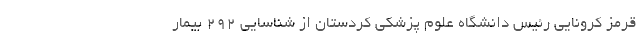
قرمز کرونایی رئیس دانشگاه علوم پزشکی کردستان از شناسایی 292 بیمار